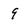
Character: 9